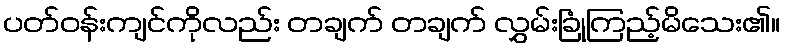
ပတ်ဝန်းကျင်ကိုလည်း တချက် တချက် လွှမ်းခြုံကြည့်မိသေး၏။